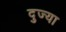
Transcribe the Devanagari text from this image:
दुज्या